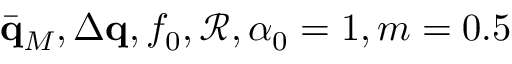
\bar { \mathbf q } _ { M } , \Delta \mathbf q , f _ { 0 } , \mathcal { R } , \alpha _ { 0 } = 1 , m = 0 . 5